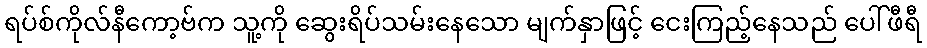
ရပ်စ်ကိုလ်နီကော့ဗ်က သူ့ကို ဆွေးရိပ်သမ်းနေသော မျက်နှာဖြင့် ငေးကြည့်နေသည် ပေါ်ဖီရီ